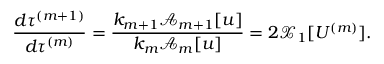
\frac { d \tau ^ { ( m + 1 ) } } { d \tau ^ { ( m ) } } = \frac { k _ { m + 1 } \mathcal { A } _ { m + 1 } [ u ] } { k _ { m } \mathcal { A } _ { m } [ u ] } = 2 \mathcal { X } _ { 1 } [ U ^ { ( m ) } ] .